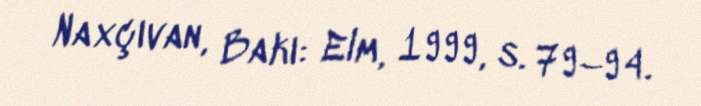
Naxçıvan, Bakı: Elm, 1999, s. 79–94.